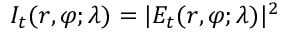
I _ { t } ( r , \varphi ; \lambda ) = | E _ { t } ( r , \varphi ; \lambda ) | ^ { 2 }